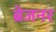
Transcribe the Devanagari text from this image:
ब्रेजनर